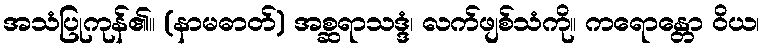
အသံပြုကုန်၏။ (နာမဓာတ်) အစ္ဆရာသဒ္ဒံ၊ လက်ဖျစ်သံကို။ ကရောန္တော ဝိယ၊